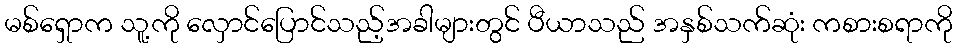
မစ်ရှောက သူ့ကို လှောင်ပြောင်သည့်အခါများတွင် ပီယာသည် အနှစ်သက်ဆုံး ကစားစရာကို